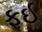
ફઈ